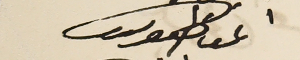
اغناطيوس